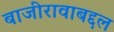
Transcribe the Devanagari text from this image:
बाजीरावाबद्दल